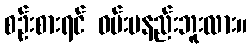
စဉ်းစားရင် ဝမ်းမနည်းဘူးလား။